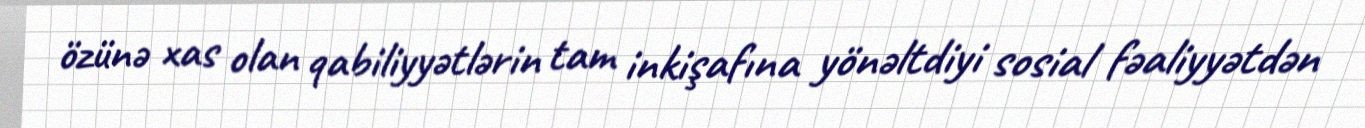
özünə xas olan qabiliyyətlərin tam inkişafına yönəltdiyi sosial fəaliyyətdən